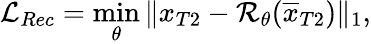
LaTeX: \mathcal{L}_{Rec}=\operatorname*{min}_{\theta}\| x_{T2}-\mathcal{R}_{\theta}(\overline{{x}}_{T2})\| _{1},